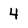
Character: 4